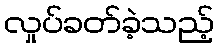
လှုပ်ခတ်ခဲ့သည့်